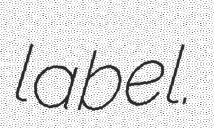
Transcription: label.